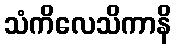
သံကိလေသိကာနိ